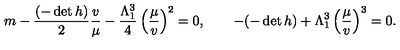
m - \frac { ( - \det h ) } { 2 } \frac { v } { \mu } - \frac { \Lambda _ { 1 } ^ { 3 } } { 4 } \left( \frac { \mu } { v } \right) ^ { 2 } = 0 , \qquad - ( - \det h ) + \Lambda _ { 1 } ^ { 3 } \left( \frac { \mu } { v } \right) ^ { 3 } = 0 .